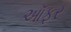
ઑફર